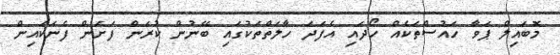
މޮބައިލް ޕަވާ ހައުސްތަކެއް ހޯދައި އެފަދަ ހާލަތްތަކުގައި ބޭނުން ކުރަން ފަށަން ފެނަކައިން